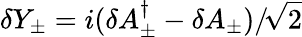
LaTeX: \delta Y_{\pm}=i(\delta A_{\pm}^{\dagger}-\delta A_{\pm})/\! \sqrt{2}